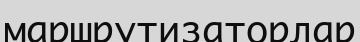
маршрутизаторлар